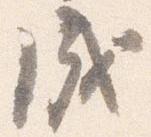
成